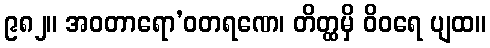
၉၈၂။ အဝတာရော’ဝတရဏေ၊ တိတ္ထမှိ ဝိဝရေ ပျထ။